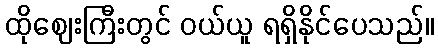
ထိုဈေးကြီးတွင် ဝယ်ယူ ရရှိနိုင်ပေသည်။